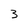
Character: 3